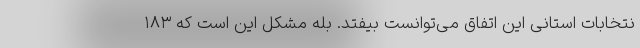
نتخابات استانی این اتفاق می‌توانست بیفتد. بله مشکل این است که ۱۸۳